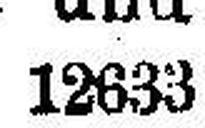
12633